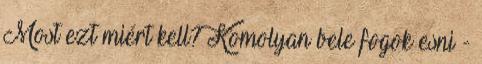
Most ezt miért kell? Komolyan bele fogok esni -